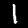
Label: 1